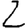
Digit: 2